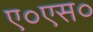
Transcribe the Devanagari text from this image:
ए०एस०